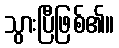
သွားပြီဖြစ်၏။